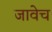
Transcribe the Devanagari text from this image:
जावेच